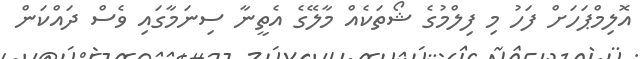
އޮލިމްޕަހަށް ފަހު މި ފިލްމުގެ ޝޯތަކެއް މާލޭގެ އެތީނާ ސިނަމާގައި ވެސް ދައްކަން